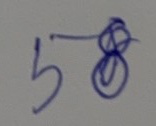
58